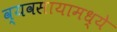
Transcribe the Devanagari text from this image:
व्यवसायामध्ये